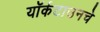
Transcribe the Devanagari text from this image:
यॉर्कटाउनचे